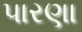
પારણા